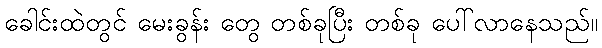
ခေါင်းထဲတွင် မေးခွန်း တွေ တစ်ခုပြီး တစ်ခု ပေါ်လာနေသည်။